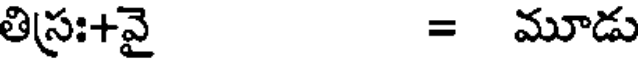
తిస్రః+వై = మూడు